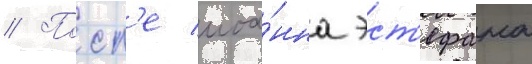
// Посл'е иоа́нна эст'ефана